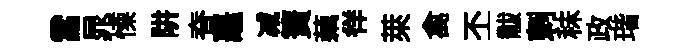
當晁慄阱脊鼉减簀藕徉萊禽丕黻剌秣政瑎